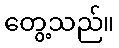
တွေ့သည်။